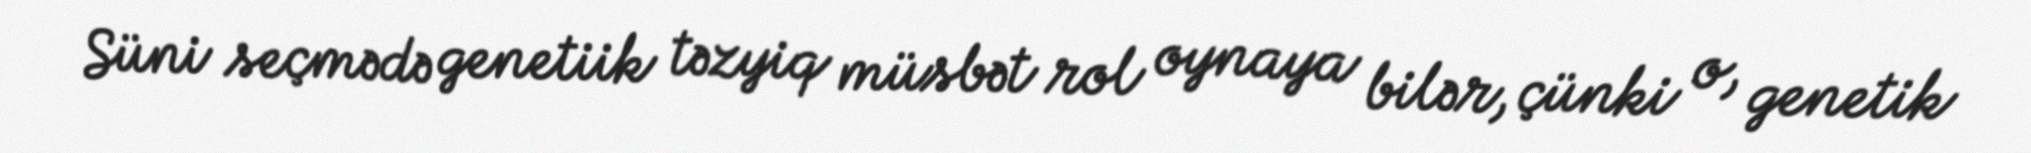
Süni seçmədə genetiik təzyiq müsbət rol oynaya bilər, çünki o, genetik